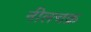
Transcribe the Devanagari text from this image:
नीलचक्र